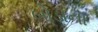
બોડાના